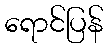
ရောင်ပြန်